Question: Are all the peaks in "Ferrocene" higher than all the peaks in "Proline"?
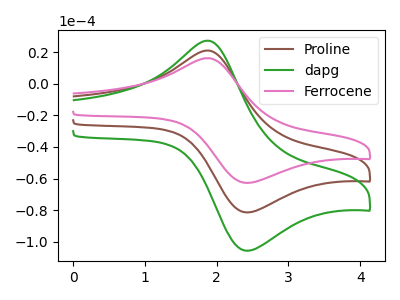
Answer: <think>The brown curve "Proline" has an anodic peak at (1.90V, 20.95uA) and a cathodic peak at (2.45V, -81.45uA). The green curve "dapg" has an anodic peak at (1.90V, 41.85uA) and a cathodic peak at (2.45V, -162.95uA). The pink curve "Ferrocene" has an anodic peak at (1.90V, 16.15uA) and a cathodic peak at (2.45V, -62.80uA).</think>
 <answer>Every peak in "Ferrocene" is lower than every peak in "Proline".</answer>
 <eval>lower</eval>